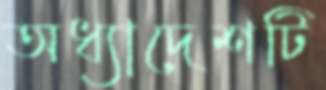
অধ্যাদেশটি